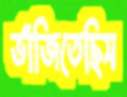
ভাঁজিতেছিস